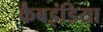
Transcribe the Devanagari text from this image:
कैबइंडिया